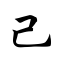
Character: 己